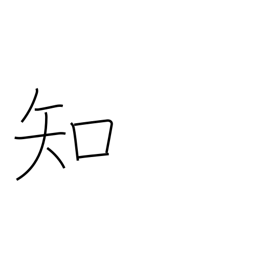
Meaning: know